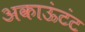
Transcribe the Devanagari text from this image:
अकाऊंटंट